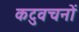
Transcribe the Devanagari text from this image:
कटुवचनों